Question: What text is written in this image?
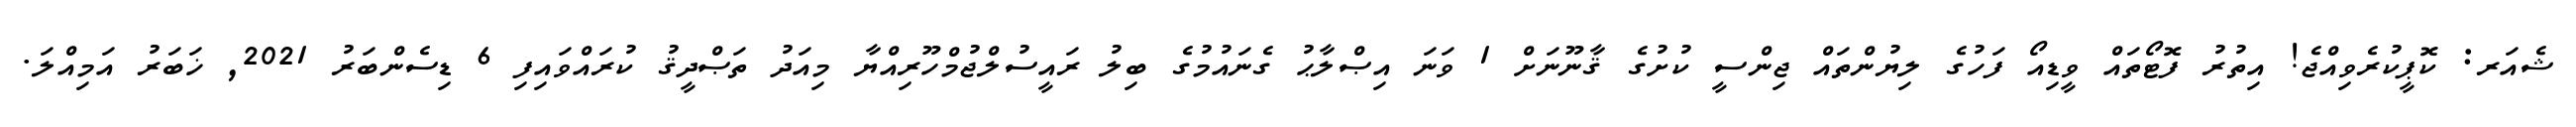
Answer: ޝެއަރ: ކޮޕީކުރެވިއްޖެ! އިތުރު ފޮޓޯތައް ވީޑިއޯ ފަހުގެ ލިޔުންތައް ޖިންސީ ކުށުގެ ޤާނޫނަށް 1 ވަނަ އިޞްލާޙު ގެނައުމުގެ ބިލު ރައީސުލްޖުމްހޫރިއްޔާ މިއަދު ތަޞްދީޤު ކުރައްވައިފި 6 ޑިސެންބަރު 2021, ޚަބަރު އަމިއްލަ.